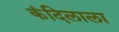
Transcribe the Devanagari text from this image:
कंदिलाला